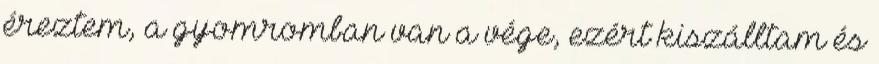
éreztem, a gyomromban van a vége, ezért kiszálltam és